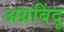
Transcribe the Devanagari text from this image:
अग्रबिंदू